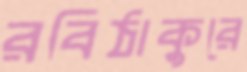
রবিঠাকুরে